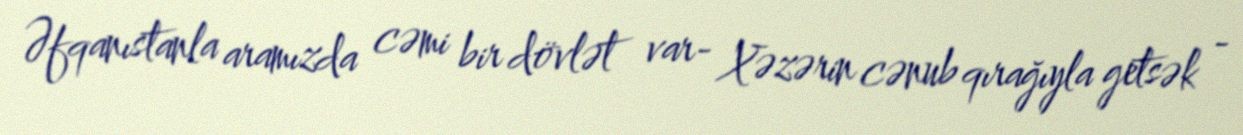
Əfqanıstanla aramızda cəmi bir dövlət var- Xəzərin cənub qırağıyla getsək -